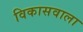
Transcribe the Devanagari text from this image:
विकासवाला